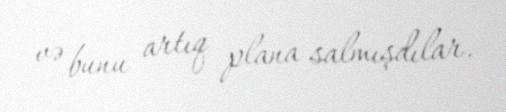
və bunu artıq plana salmışdılar.